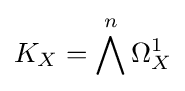
\,\!K_{X}=\bigwedge ^{n}\Omega _{X}^{1}